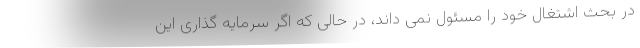
در بحث اشتغال خود را مسئول نمی داند، در حالی که اگر سرمایه گذاری این